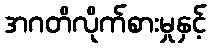
အဂတိလိုက်စားမှုနှင့်